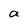
Character: a